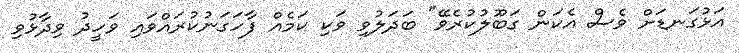
އަޅުގަނޑަށް ވެސް އެކަން ގަބޫލުކުރެވޭ" ބަދަލުވި ވަކި ކަމެއް ފާހަގަނުކުރައްވައި ވަހީދު ވިދާޅުވި